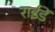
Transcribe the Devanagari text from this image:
राईडें